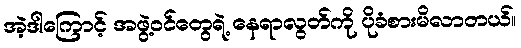
အဲ့ဒါကြောင့် အဖွဲ့ဝင်တွေရဲ့ နေရာလွတ်ကို ပိုခံစားမိလာတယ်။